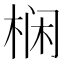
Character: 𱣡